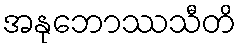
အနုဘောဿသီတိ